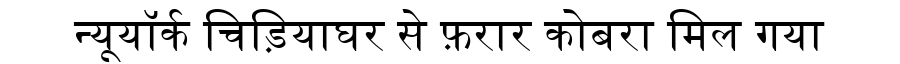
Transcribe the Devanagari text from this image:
न्यूयॉर्क चिड़ियाघर से फ़रार कोबरा मिल गया